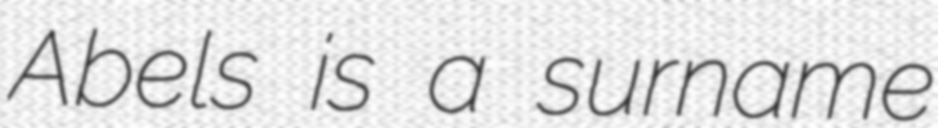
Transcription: Abels is a surname